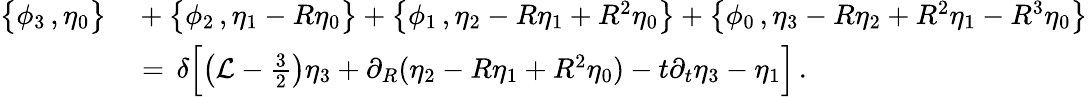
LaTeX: \begin{array}{rl}{\bigl\{ \phi_{3}\, ,\eta_{0}\bigr\} }&{{}+\bigl\{ \phi_{2}\, ,\eta_{1}-R\eta_{0}\bigr\} +\bigl\{ \phi_{1}\, ,\eta_{2}-R\eta_{1}+R^{2}\eta_{0}\bigr\} +\bigl\{ \phi_{0}\, ,\eta_{3}-R\eta_{2}+R^{2}\eta_{1}-R^{3}\eta_{0}\bigr\} }\\ {\, }&{{}=\, \delta\Bigl[\bigl(\mathcal{L}-{\textstyle\frac{3}{2}}\bigr)\eta_{3}+\partial_{R}(\eta_{2}-R\eta_{1}+R^{2}\eta_{0})-t\partial_{t}\eta_{3}-\eta_{1}\Bigr]\, .}\end{array}